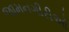
જામનગીરીઓ